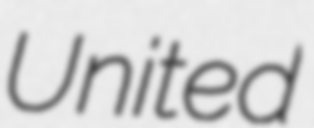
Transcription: United